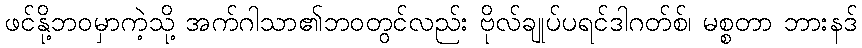
ဖင်နို့ဘဝမှာကဲ့သို့ အက်ဂါသာ၏ဘဝတွင်လည်း ဗိုလ်ချုပ်ပရင်ဒါဂတ်စ်၊ မစ္စတာ ဘားနဒ်